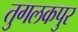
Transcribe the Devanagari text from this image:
तुगलकपुर